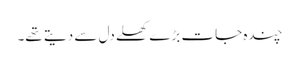
چندہ جات بڑے کھلے دل سے دیتے تھے۔